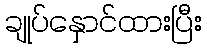
ချုပ်နှောင်ထားပြီး